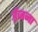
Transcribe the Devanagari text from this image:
ईजना